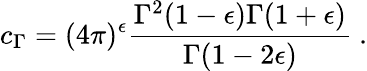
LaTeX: c_{\Gamma}={(4\pi)^{\epsilon}}\frac{\Gamma^{2}(1-\epsilon)\Gamma(1+\epsilon)}{\Gamma(1-2\epsilon)}\ .